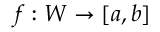
f : W \to [ a , b ]